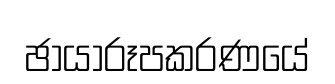
ඡායාරූපකරණයේ